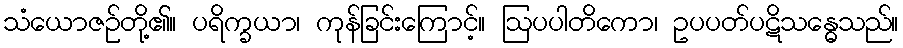
သံယောဇဉ်တို့၏။ ပရိက္ခယာ၊ ကုန်ခြင်းကြောင့်။ ဩပပါတိကော၊ ဥပပတ်ပဋိသန္ဓေသည်။